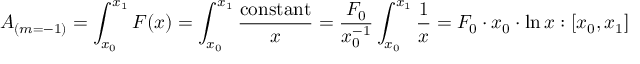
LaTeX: A _ { ( m = - 1 ) } = \int _ { x _ { 0 } } ^ { x _ { 1 } } F ( x ) = \int _ { x _ { 0 } } ^ { x _ { 1 } } { \frac { \mathrm { c o n s t a n t } } { x } } = { \frac { F _ { 0 } } { x _ { 0 } ^ { - 1 } } } \int _ { x _ { 0 } } ^ { x _ { 1 } } { \frac { 1 } { x } } = F _ { 0 } \cdot x _ { 0 } \cdot \ln x : [ x _ { 0 } , x _ { 1 } ]